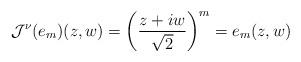
LaTeX: \begin{align*}\mathcal{J}^{\nu}(e_m)(z,w) = \left(\frac{z+iw}{\sqrt{2}}\right)^m = e_m(z,w)\end{align*}